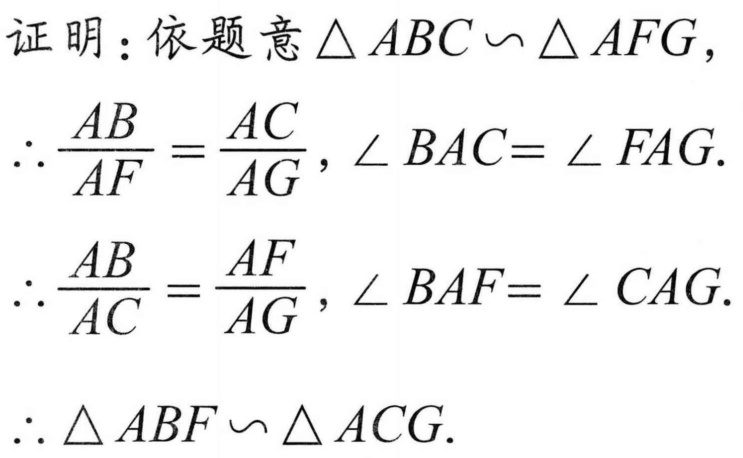
证明：依题意\(\triangle ABC\backsim\triangle AFG\)，
\(\therefore\frac{AB}{AF}=\frac{AC}{AG}\)，\(\angle BAC = \angle FAG\).
\(\therefore\frac{AB}{AC}=\frac{AF}{AG}\)，\(\angle BAF = \angle CAG\).
\(\therefore\triangle ABF\backsim\triangle ACG\).